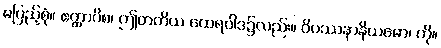
မပြည့်စုံ။ ဧတ္ထာပိစ၊ ဤတတိယ ထေရဝါဒ၌လည်း။ ဝိပဿနာနိယမော၊ ကို။